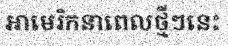
អាមេរិកនាពេលថ្មីៗនេះ